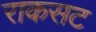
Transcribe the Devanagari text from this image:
राकसट